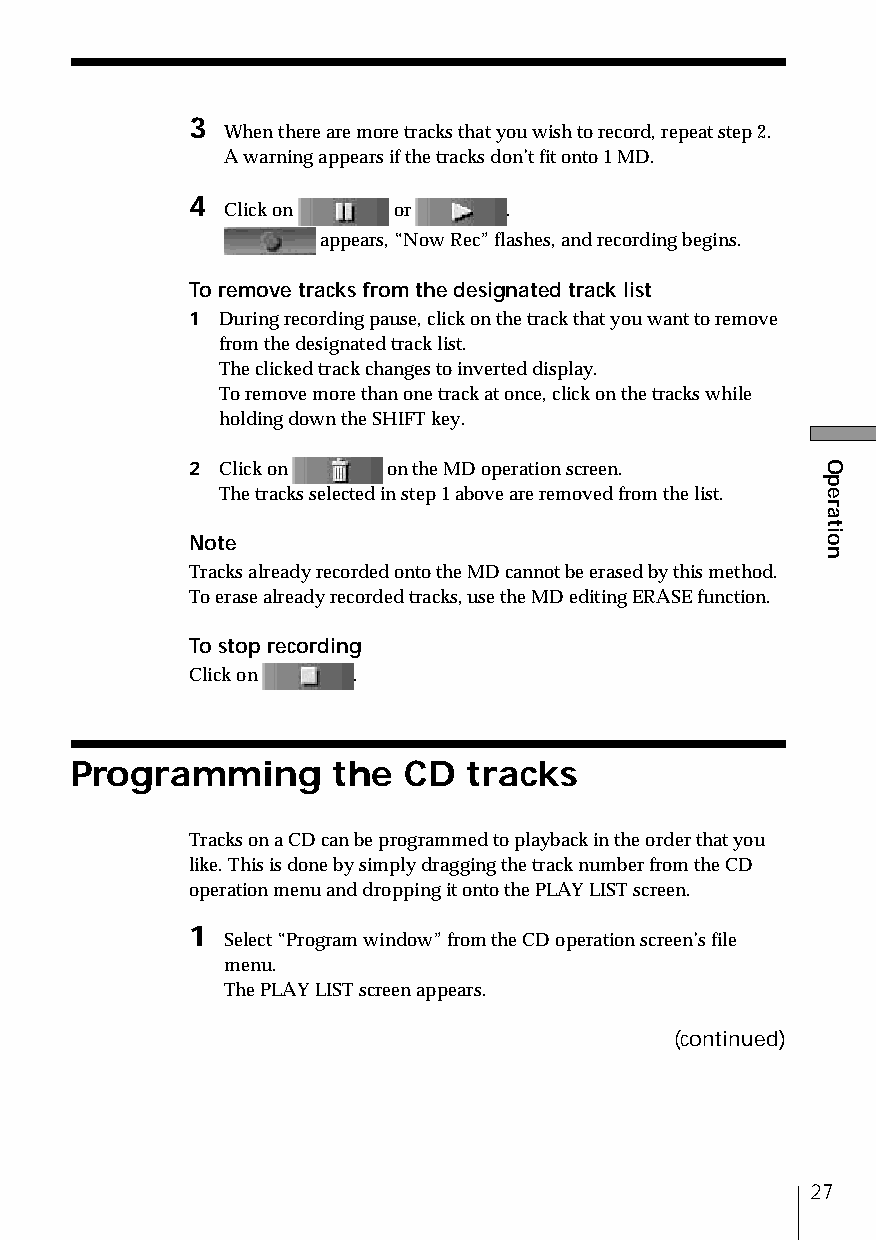
3
 When there are more tracks that you wish to record, repeat step 2.
 A warning appears if the tracks don’t fit onto 1 MD.
 4
 Click on   or     .
 appears, “Now Rec” flashes, and recording begins.
 To remove tracks from the designated track list
 1 During recording pause, click on the track that you want to remove
 from the designated track list.
 The clicked track changes to inverted display.
 To remove more than one track at once, click on the tracks while
 holding down the SHIFT key.
 2 Click on    on the MD operation screen.
 The tracks selected in step 1 above are removed from the list.
 Note
 Tracks already recorded onto the MD cannot be erased by this method.
 To erase already recorded tracks, use the MD editing ERASE function.
 To stop recording
 Click on   .
 Programming      the  CD  tracks
 Tracks on a CD can be programmed to playback in the order that you
 like. This is done by simply dragging the track number from the CD
 operation menu and dropping it onto the PLAY LIST screen.
 1
 Select “Program window” from the CD operation screen’s file
 menu.
 The PLAY LIST screen appears.
 (continued)
 27
 Operation